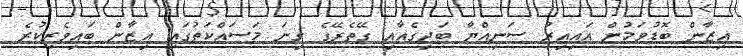
އިޒާން ބޮޑުވަމުން އައިއިރު ސަނިއްޔާ ބަދިގެއާއި ގޭތެރޭގެ ގިނަ މަސައްކަތުގައި އިޒާން ބައިވެރިކުރެ